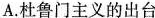
A.杜鲁门主义的出台